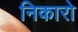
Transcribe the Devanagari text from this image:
निकारो